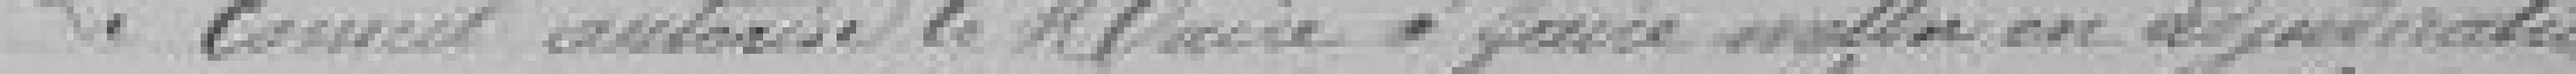
Le Conseil autorise le Maire à faire mettre en adjudication